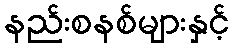
နည်းစနစ်များနှင့်